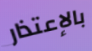
بالإعتذار